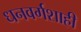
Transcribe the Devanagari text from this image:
धनवर्गशाही